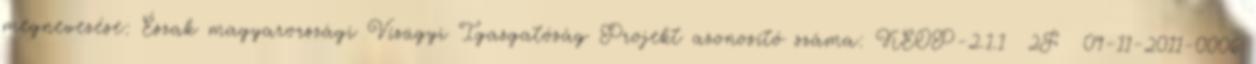
megnevezése: Észak magyarországi Vízügyi Igazgatóság Projekt azonosító száma: KEOP-2.1.1 2F 09-11-2011-0006